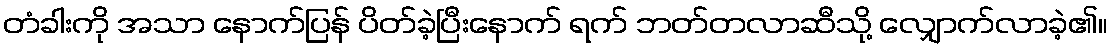
တံခါးကို အသာ နောက်ပြန် ပိတ်ခဲ့ပြီးနောက် ရက် ဘတ်တလာဆီသို့ လျှောက်လာခဲ့၏။